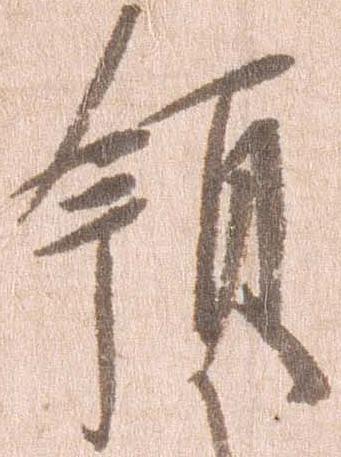
領